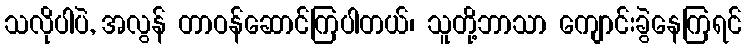
သလိုပါပဲ, အလွန် တာဝန်ဆောင်ကြပါတယ်၊ သူတို့ဘာသာ ကျောင်းခွဲနေကြရင်